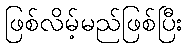
ဖြစ်လိမ့်မည်ဖြစ်ပြီး